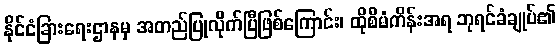
နိုင်ငံခြားရေးဌာနမှ အတည်ပြုလိုက်ပြီဖြစ်ကြောင်း၊ ထိုစီမံကိန်းအရ ဘုရင်ခံချုပ်၏